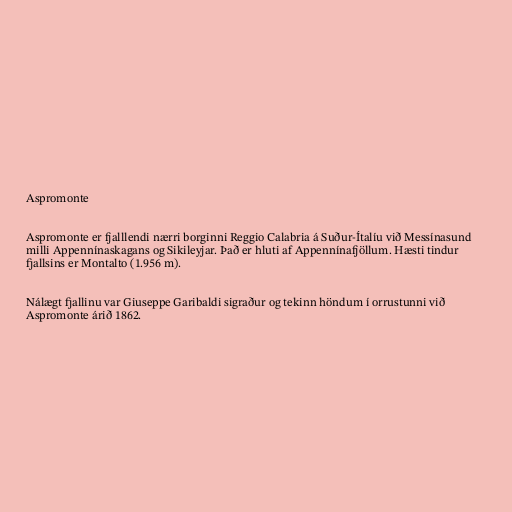
Aspromonte

Aspromonte er fjalllendi nærri borginni Reggio Calabria á Suður-Ítalíu við Messínasund
milli Appennínaskagans og Sikileyjar. Það er hluti af Appennínafjöllum. Hæsti tindur
fjallsins er Montalto (1.956 m).

Nálægt fjallinu var Giuseppe Garibaldi sigraður og tekinn höndum í orrustunni við
Aspromonte árið 1862.